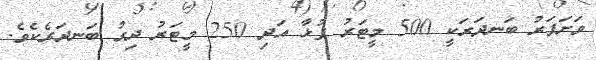
ވަށަފަރު ބަނދަރަކީ 500 މީޓަރު ފުޅާ އަދި 250 މީޓަރު ދިގު ބަނދަރެކެވެ.